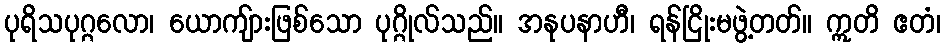
ပုရိသပုဂ္ဂလော၊ ယောကျ်ားဖြစ်သော ပုဂ္ဂိုလ်သည်။ အနုပနာဟီ၊ ရန်ငြိုးမဖွဲ့တတ်။ ဣတိ ဧတံ၊